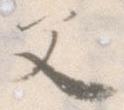
父